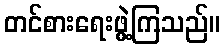
တင်စားရေးဖွဲ့ကြသည်။